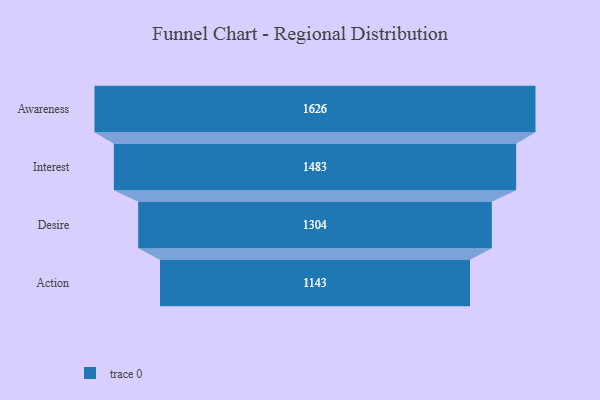
{"axis": {"x": "Stage", "y": "Value"}, "legend": [""], "data": [{"x": "Awareness", "y": 1626.0, "type": ""}, {"x": "Interest", "y": 1483.0, "type": ""}, {"x": "Desire", "y": 1304.0, "type": ""}, {"x": "Action", "y": 1143.0, "type": ""}]}